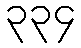
၃၃၄